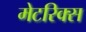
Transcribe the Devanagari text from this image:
मेटरिक्स